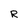
Character: R